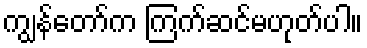
ကျွန်တော်က ကြက်ဆင်မဟုတ်ပါ။